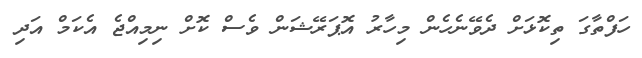
ހަފްތާގަ ތިކޮޅަށް ދެވޭނެހެން މިހާރު އޮޕަރޭޝަން ވެސް ކޮށް ނިމިއްޖެ އެކަމް އަދި